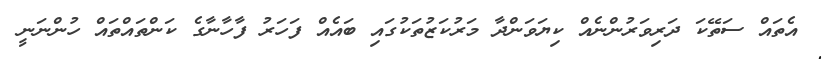
އެތައް ސަތޭކަ ދަރިވަރުންނެއް ކިޔަވަންދާ މަރުކަޒުތަކުގައި ބައެއް ފަހަރު ފާހާނާގެ ކަންތައްތައް ހުންނަނީ